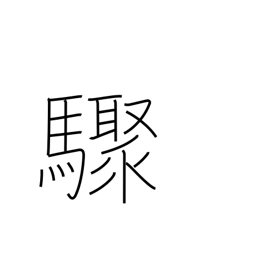
Meaning: suddenly